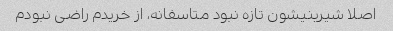
اصلا شیرینیشون تازه نبود متاسفانه، از خریدم راضی نبودم